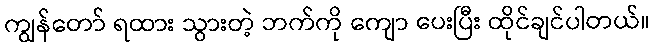
ကျွန်တော် ရထား သွားတဲ့ ဘက်ကို ကျော ပေးပြီး ထိုင်ချင်ပါတယ်။